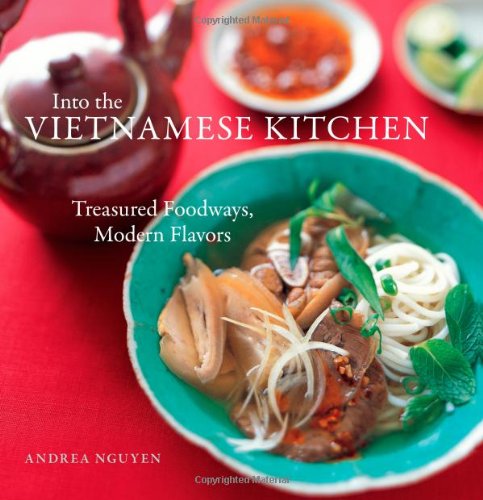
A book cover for Into the Vietnamese Kitchen: Treasured Foodways, Modern Flavors; Andrea Nguyen; Cookbooks, Food & Wine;